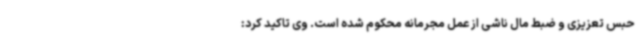
حبس تعزیزی و ضبط مال ناشی از عمل مجرمانه محکوم شده است. وی تاکید کرد: